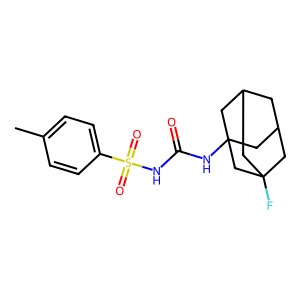
SMILES: Cc1ccc(S(=O)(=O)NC(=O)NC23CC4CC(CC(F)(C4)C2)C3)cc1
Inhibits HIV replication: No